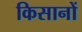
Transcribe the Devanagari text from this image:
किसानों